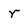
Character: r